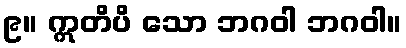
၉။ ဣတိပိ သော ဘဂဝါ ဘဂဝါ။